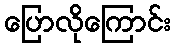
ပြောလိုကြောင်း